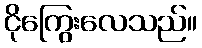
ငိုကြွေးလေသည်။